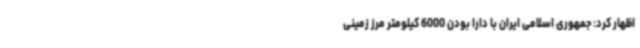
اظهار کرد: جمهوری اسلامی ایران با دارا بودن 6000 کیلومتر مرز زمینی